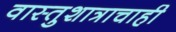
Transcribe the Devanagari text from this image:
वास्तुशात्राचाही